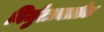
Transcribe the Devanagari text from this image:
निर्मुलानातील